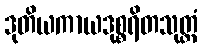
ဒုတိယကာယဒုစ္စရိတသုတ္တံ